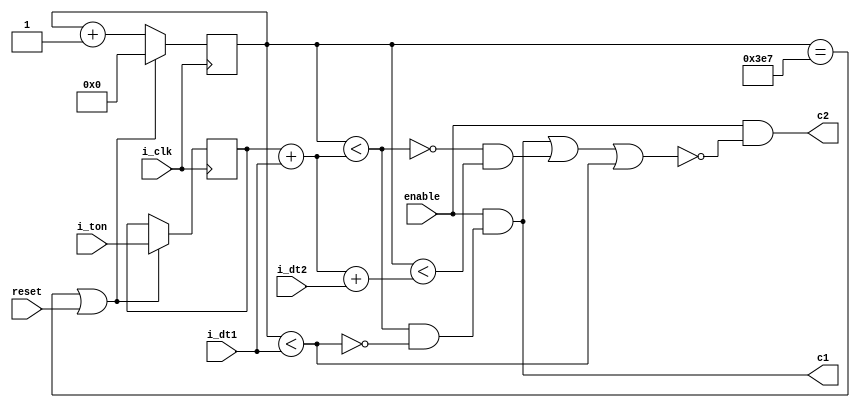
module dpwm
(
    input i_clk,
    input reset,
    input enable,
    input [10:0] i_ton,
    input [4:0] i_dt1,
    input [4:0] i_dt2,
    //output o_cntrl_ts_last,
    output c1,
    output c2
);
    reg [10:0] count;
    reg [10:0] ton; 
    wire [10:0] CONST_TS;
    //freq 200KHz - set as const
    assign CONST_TS = 11'd1000;

    wire cntrl_ts_last, cntrl_dt1_on, cntrl_dt2_on, cntrl_ton;
    assign cntrl_ts_last = count == CONST_TS - 1'd1;
    assign cntrl_dt1_on = count < i_dt1;  
    assign cntrl_dt2_on = ~cntrl_ton & (count < (ton + i_dt1 + i_dt2)); 
    assign cntrl_ton = count < (ton + i_dt1);
    
    always@(posedge i_clk) begin
        if(cntrl_ts_last || reset) begin
            ton <= i_ton;
            count <= 11'd0;
        end
        else count <= count + 1;
    end

    assign c1 = enable & (cntrl_ton & (~cntrl_dt1_on));
    assign c2 = enable & ~(c1 | cntrl_dt2_on | cntrl_dt1_on);
    //assign o_cntrl_ts_last = cntrl_ts_last; 

endmodule